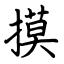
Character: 摸